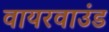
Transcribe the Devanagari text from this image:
वायरवाउंड